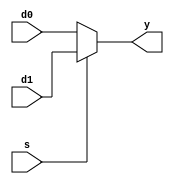
module M_MUX_2 #(
    parameter WIDTH = 8
)(  input [WIDTH-1:0] d0, d1,
    input s,
    output[WIDTH-1:0] y);

    assign y = s ? d1 : d0;

endmodule